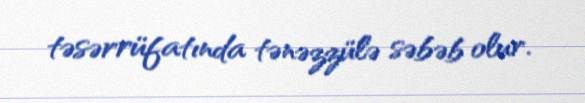
təsərrüfatında tənəzzülə səbəb olur.